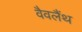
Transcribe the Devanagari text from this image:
वैवलैंथ